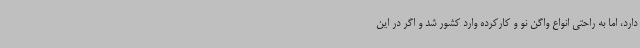
دارد، اما به راحتی انواع واگن نو و کارکرده وارد کشور شد و اگر در این